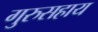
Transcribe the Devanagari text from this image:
गुरुसहाय